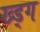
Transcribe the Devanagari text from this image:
ख्ड्ग